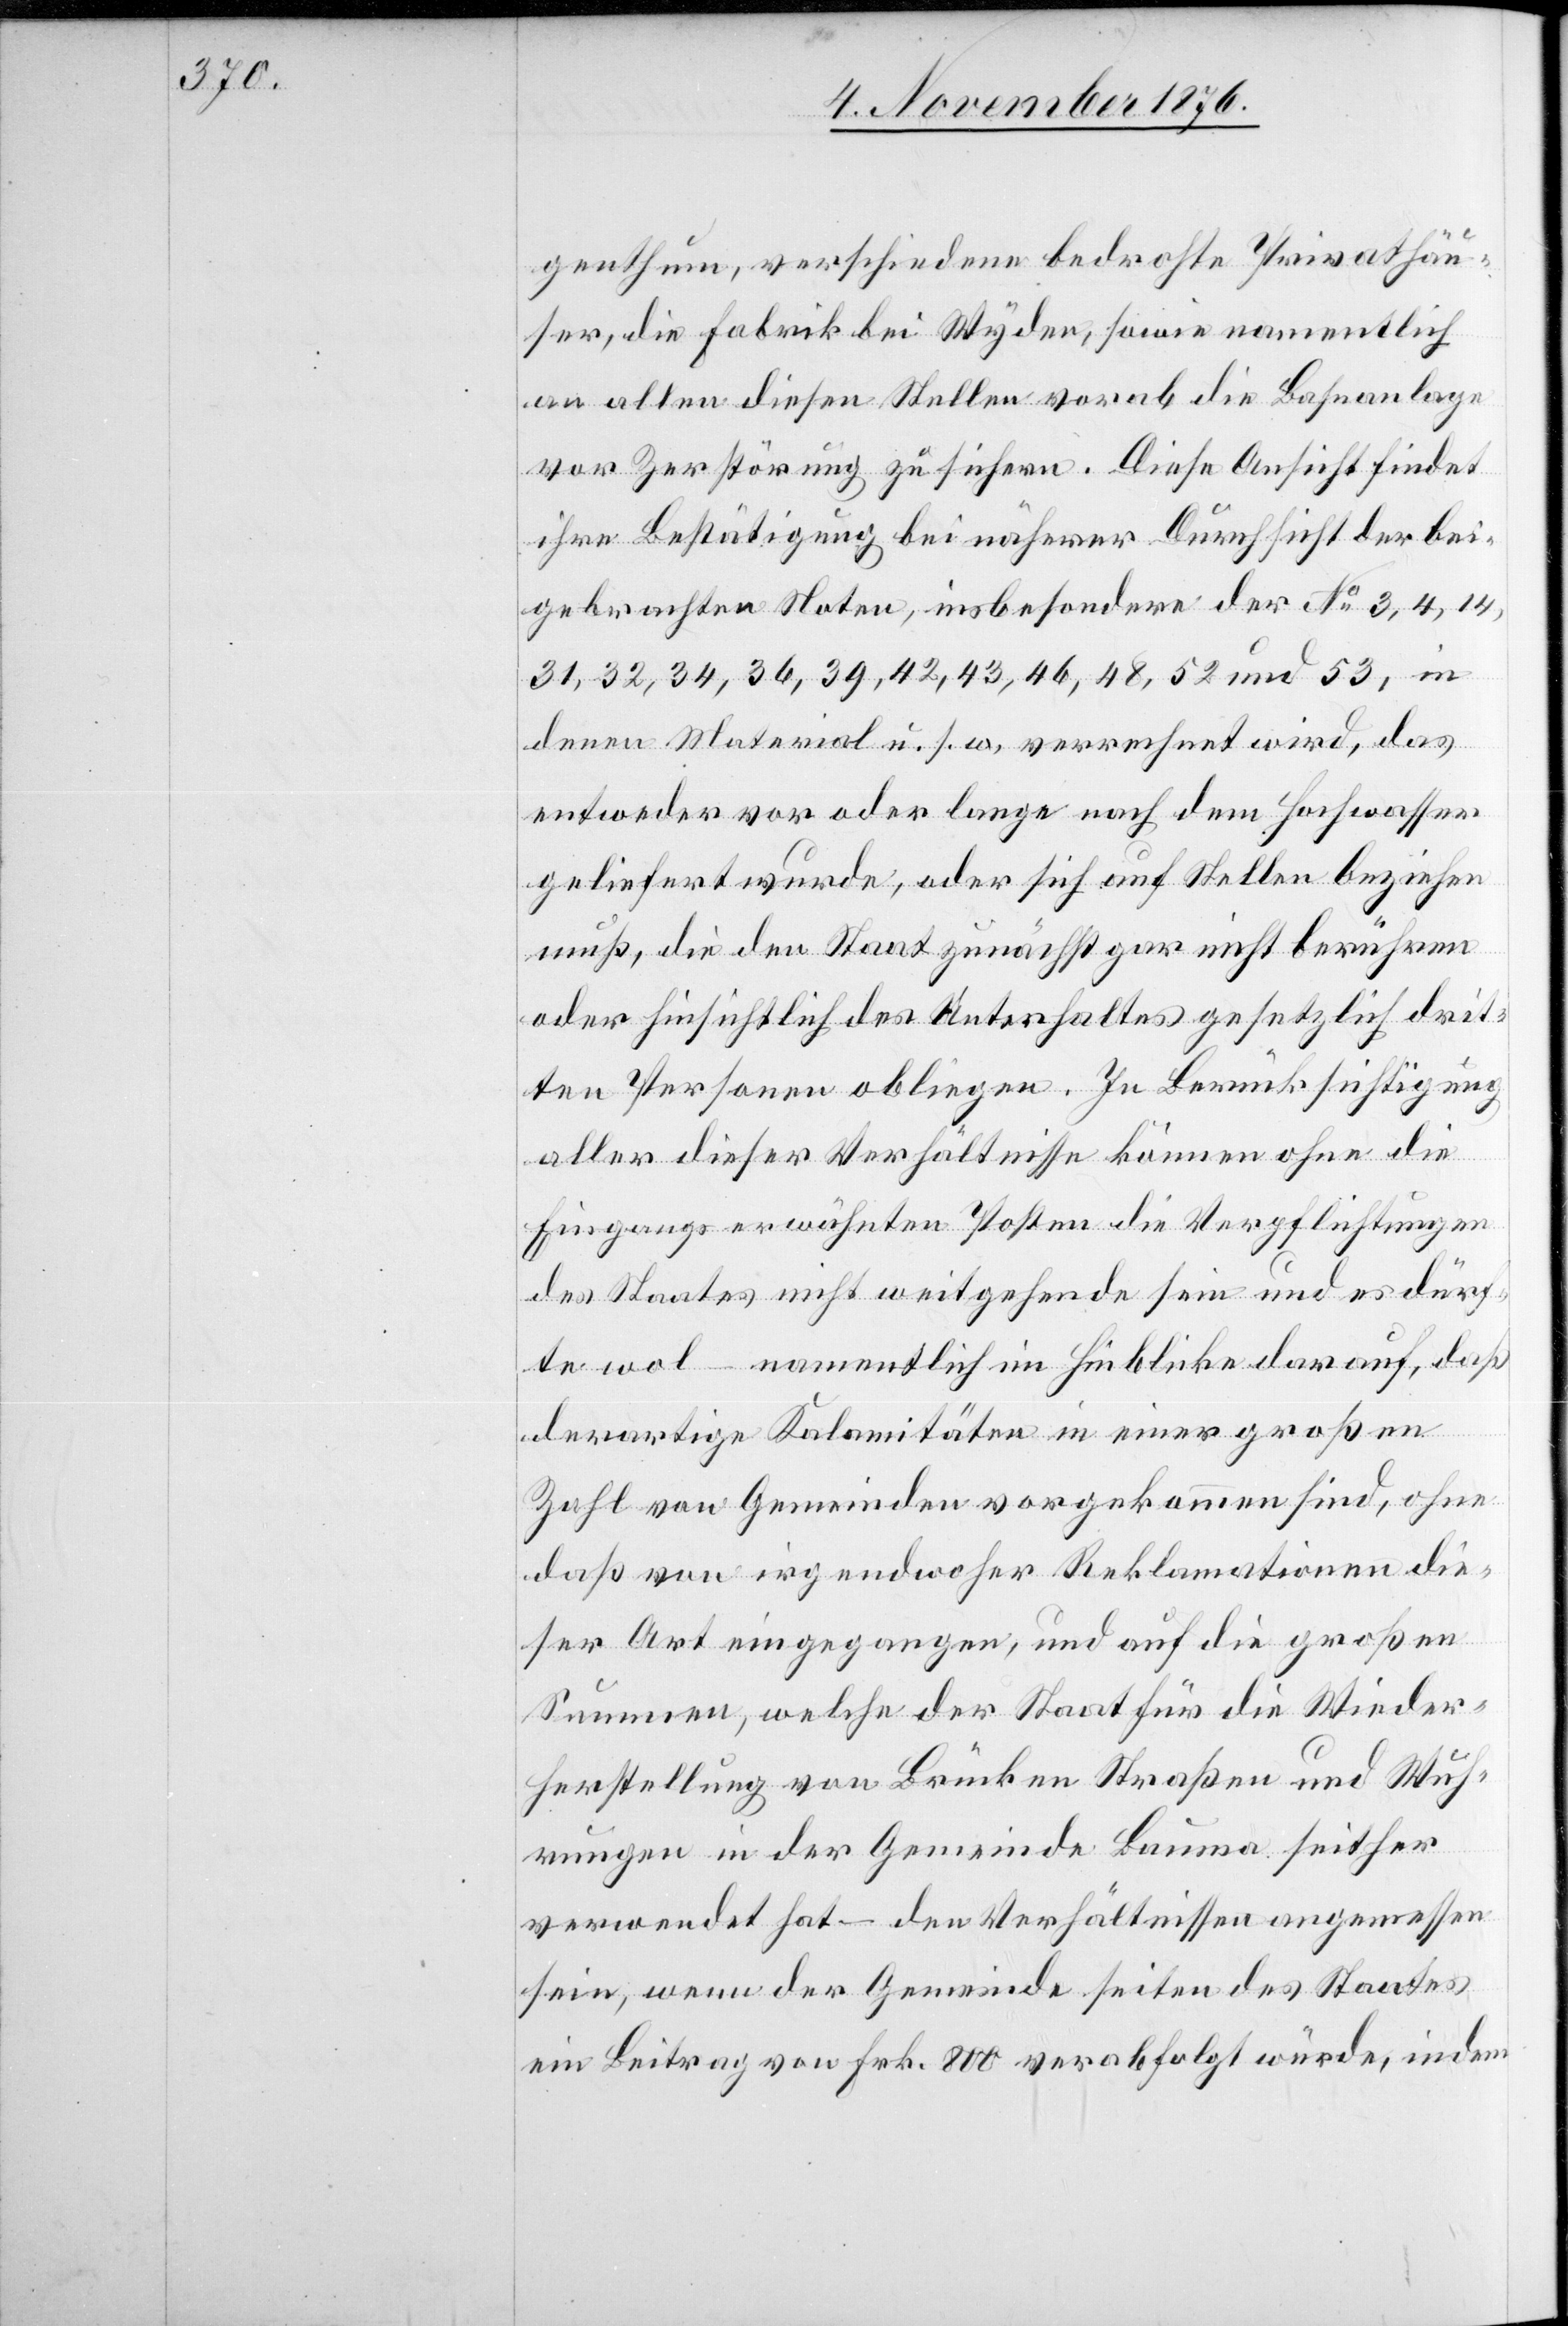
genthum, verschiedene bedrohte Privathäu¬
ser, die Fabrik bei Wyden, sowie namentlich
an allen diesen Stellen vorab die Bahnanlage
vor Zerstörung zu sichern. Diese Ansicht findet
ihre Bestätigung bei näherer Durchsicht der bei¬
gebrachten Noten, insbesondere der No 3, 4, 14,
31, 32, 34, 36, 42, 43, 46, 48, 52 und 53, in
denen Material u. s. w. verrechnet wird, das
entweder vor oder lange nach dem Hochwasser
geliefert wurde, oder sich auf Stellen beziehen
muß, die den Staat zunächst gar nicht berühren
oder hinsichtlich des Unterhaltes gesetzlich drit¬
ten Personen obliegen. In Berücksichtigung
aller dieser Verhältnisse können ohne die
Eingangs erwähnten Posten die Verpflichtungen
des Staates nicht weitgehende sein und es dürf¬
te wol – namentlich im Hinblicke darauf, daß
derartige Kalamitäten in einer großen
Zahl von Gemeinden vorgekommen sind, ohne
daß von irgendwoher Reklamationen die¬
ser Art eingegangen, und auf die großen
Summen, welche der Staat für die Wieder¬
herstellung von Brücken[,] Straßen und Wuh¬
rungen in der Gemeinde Bauma seither
verwendet hat – den Verhältnissen angemessen
sein, wenn der Gemeinde seiten des Staates
ein Beitrag von Frk. 800 verabfolgt würde, indem